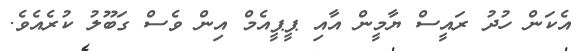
އެކަން ހުދު ރައީސް ޔާމީން އާއި ޕީޕީއެމް އިން ވެސް ގަބޫލު ކުރެއެވެ.